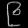
Digit: ၉